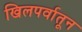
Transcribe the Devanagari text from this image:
खिलपर्वातून